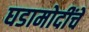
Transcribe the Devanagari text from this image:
घडामोदींचे